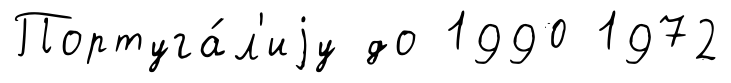
Португа́л'иjу до 1990 1972